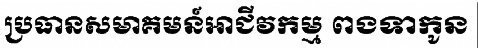
ប្រធានសមាគមន៍អាជីវកម្ម ពងទាកូន